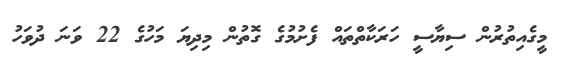
މީގެއިތުރުން ސިޔާސީ ހަރަކާތްތައް ފެށުމުގެ ގޮތުން މިދިޔަ މަހުގެ 22 ވަނަ ދުވަހު